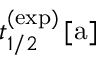
t _ { 1 / 2 } ^ { ( \mathrm { e x p } ) } \, [ \mathrm { a } ]